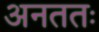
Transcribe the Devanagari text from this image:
अनततः